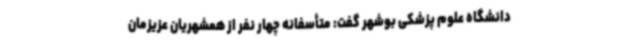
دانشگاه علوم پزشکی بوشهر گفت: متأسفانه چهار نفر از همشهریان عزیزمان